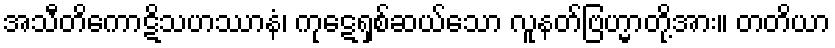
အသီတိကောဋိသဟဿာနံ၊ ကုဋေရှစ်ဆယ်သော လူနတ်ဗြဟ္မာတို့အား။ တတိယာ